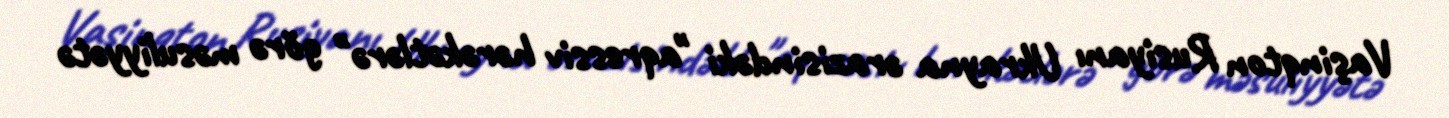
Vaşinqton Rusiyanı Ukrayna ərazisindəki "aqressiv hərəkətlərə" görə məsuliyyətə